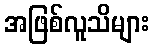
အဖြစ်လူသိများ